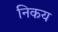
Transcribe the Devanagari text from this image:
निकय